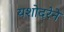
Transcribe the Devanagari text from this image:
यशोदरेने